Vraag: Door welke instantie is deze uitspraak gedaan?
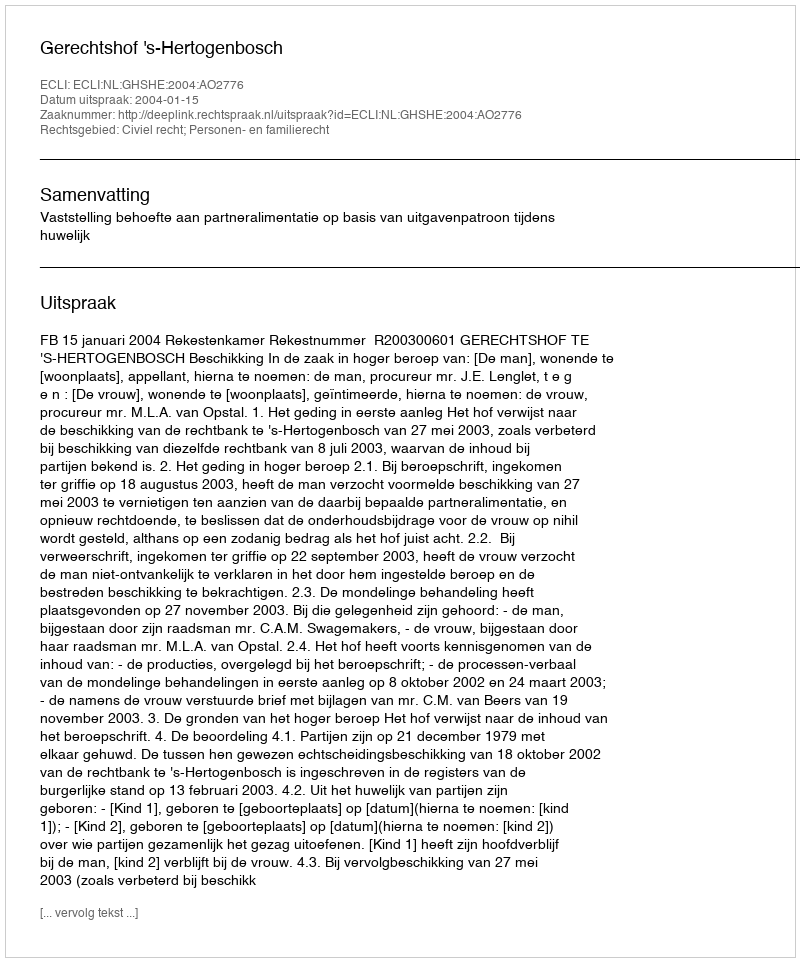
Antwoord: Gerechtshof 's-Hertogenbosch